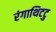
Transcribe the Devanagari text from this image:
रंगाथिटटु